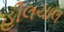
હીલચાલ